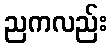
ညကလည်း